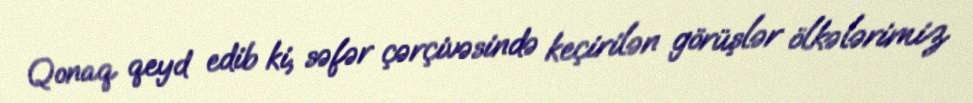
Qonaq qeyd edib ki, səfər çərçivəsində keçirilən görüşlər ölkələrimiz